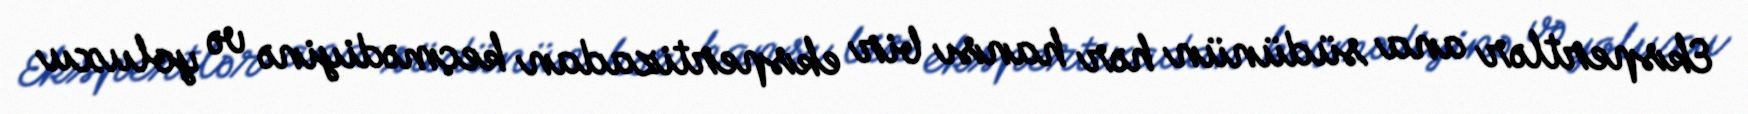
Ekspertlər ana südünün hər hansı bir ekspertizadan keçmədiyinə və yoluxu